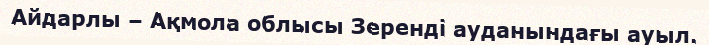
Айдарлы – Ақмола облысы Зеренді ауданындағы ауыл.